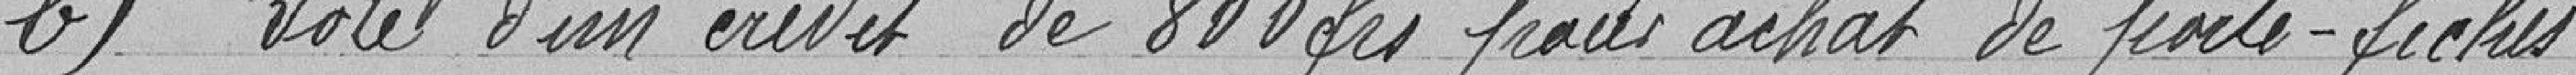
b) Vote d'un crédits de 800 francs pour achat de porte-fiches